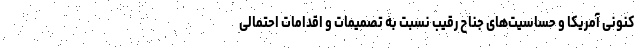
کنونی آمریکا و حساسیت‌های جناح رقیب نسبت به تصمیمات و اقدامات احتمالی